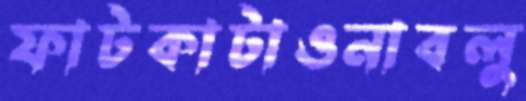
ফাটকাটাওনাবলু